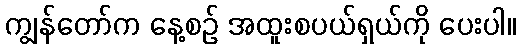
ကျွန်တော်က နေ့စဉ် အထူးစပယ်ရှယ်ကို ပေးပါ။